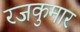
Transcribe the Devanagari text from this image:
रजकुमार